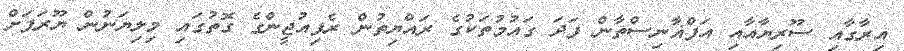
އިރާގާއި ސޫރިޔާއާއި އަފްޣާނިސްތާން ފަދަ ގައުމުތަކުގެ ރައްޔިތުން ރެފިއުޖީންގެ ގޮތުގައި މިލިޔަނުން ޔޫރަޕަށް